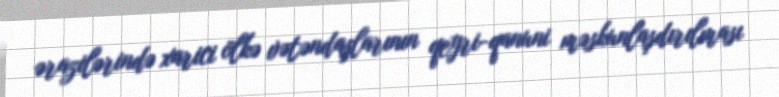
ərazilərində xarici ölkə vətəndaşlarının qeyri-qanuni məskunlaşdırılması